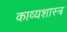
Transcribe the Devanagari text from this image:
काव्‍यशास्‍त्र